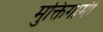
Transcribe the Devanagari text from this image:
मुक्तिगामी